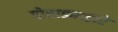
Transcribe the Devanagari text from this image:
पोवाड्याद्वारे